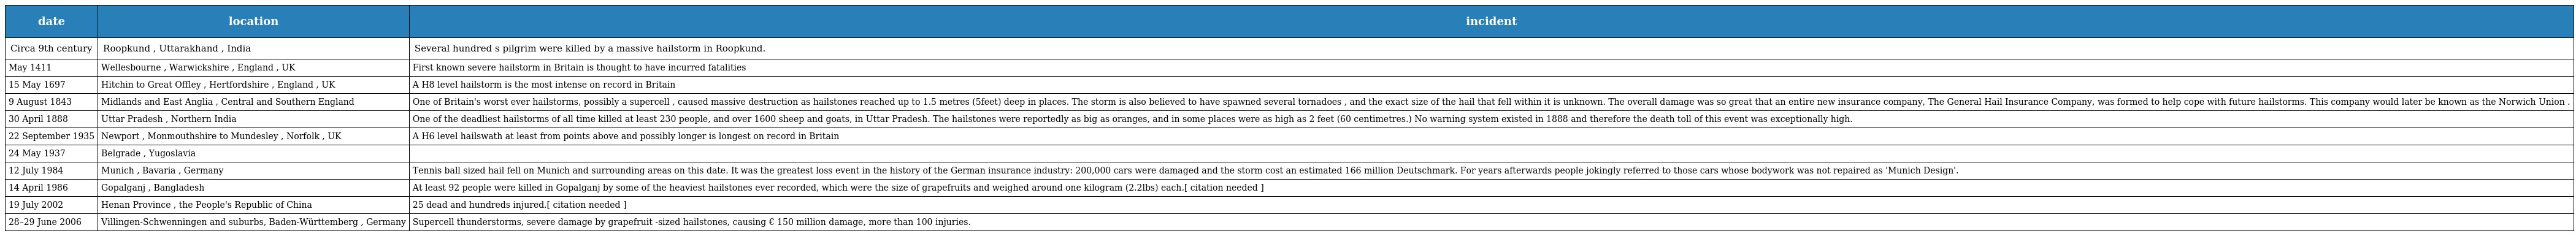
| date | location | incident |
 | --- | --- | --- |
 | Circa 9th century | Roopkund , Uttarakhand , India | Several hundred s pilgrim were killed by a massive hailstorm in Roopkund. |
 | May 1411 | Wellesbourne , Warwickshire , England , UK | First known severe hailstorm in Britain is thought to have incurred fatalities |
 | 15 May 1697 | Hitchin to Great Offley , Hertfordshire , England , UK | A H8 level hailstorm is the most intense on record in Britain |
 | 9 August 1843 | Midlands and East Anglia , Central and Southern England | One of Britain's worst ever hailstorms, possibly a supercell , caused massive destruction as hailstones reached up to 1.5 metres (5feet) deep in places. The storm is also believed to have spawned several tornadoes , and the exact size of the hail that fell within it is unknown. The overall damage was so great that an entire new insurance company, The General Hail Insurance Company, was formed to help cope with future hailstorms. This company would later be known as the Norwich Union . |
 | 30 April 1888 | Uttar Pradesh , Northern India | One of the deadliest hailstorms of all time killed at least 230 people, and over 1600 sheep and goats, in Uttar Pradesh. The hailstones were reportedly as big as oranges, and in some places were as high as 2 feet (60 centimetres.) No warning system existed in 1888 and therefore the death toll of this event was exceptionally high. |
 | 22 September 1935 | Newport , Monmouthshire to Mundesley , Norfolk , UK | A H6 level hailswath at least from points above and possibly longer is longest on record in Britain |
 | 24 May 1937 | Belgrade , Yugoslavia |  |
 | 12 July 1984 | Munich , Bavaria , Germany | Tennis ball sized hail fell on Munich and surrounding areas on this date. It was the greatest loss event in the history of the German insurance industry: 200,000 cars were damaged and the storm cost an estimated 166 million Deutschmark. For years afterwards people jokingly referred to those cars whose bodywork was not repaired as 'Munich Design'. |
 | 14 April 1986 | Gopalganj , Bangladesh | At least 92 people were killed in Gopalganj by some of the heaviest hailstones ever recorded, which were the size of grapefruits and weighed around one kilogram (2.2lbs) each.[ citation needed ] |
 | 19 July 2002 | Henan Province , the People's Republic of China | 25 dead and hundreds injured.[ citation needed ] |
 | 28–29 June 2006 | Villingen-Schwenningen and suburbs, Baden-Württemberg , Germany | Supercell thunderstorms, severe damage by grapefruit -sized hailstones, causing € 150 million damage, more than 100 injuries. |